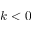
k < 0